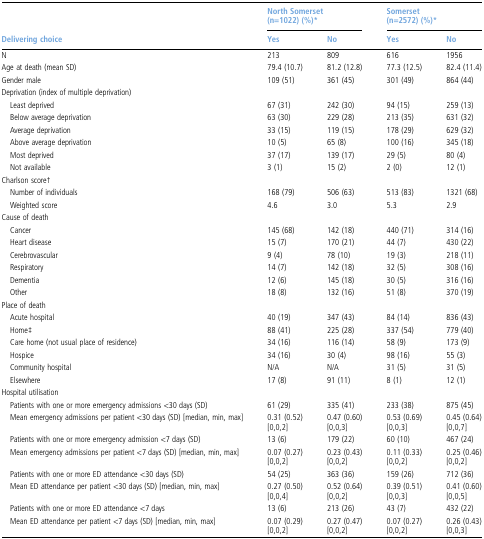
<table><thead><tr><td>[EMPTY_CELL]</td><td colspan="2"><b>North Somerset (n=1022) (%)*</b></td><td colspan="2"><b>Somerset (n=2572) (%)*</b></td></tr><tr><td><b>Delivering choice</b></td><td><b>Yes</b></td><td><b>No</b></td><td><b>Yes</b></td><td><b>No</b></td></tr></thead><tbody><tr><td>N</td><td>213</td><td>809</td><td>616</td><td>1956</td></tr><tr><td>Age at death (mean SD)</td><td>79.4 (10.7)</td><td>81.2 (12.8)</td><td>77.3 (12.5)</td><td>82.4 (11.4)</td></tr><tr><td>Gender male</td><td>109 (51)</td><td>361 (45)</td><td>301 (49)</td><td>864 (44)</td></tr><tr><td colspan="5">Deprivation (index of multiple deprivation)</td></tr><tr><td> Least deprived</td><td>67 (31)</td><td>242 (30)</td><td>94 (15)</td><td>259 (13)</td></tr><tr><td> Below average deprivation</td><td>63 (30)</td><td>229 (28)</td><td>213 (35)</td><td>631 (32)</td></tr><tr><td> Average deprivation</td><td>33 (15)</td><td>119 (15)</td><td>178 (29)</td><td>629 (32)</td></tr><tr><td> Above average deprivation</td><td>10 (5)</td><td>65 (8)</td><td>100 (16)</td><td>345 (18)</td></tr><tr><td> Most deprived</td><td>37 (17)</td><td>139 (17)</td><td>29 (5)</td><td>80 (4)</td></tr><tr><td> Not available</td><td>3 (1)</td><td>15 (2)</td><td>2 (0)</td><td>12 (1)</td></tr><tr><td colspan="5">Charlson score†</td></tr><tr><td> Number of individuals</td><td>168 (79)</td><td>506 (63)</td><td>513 (83)</td><td>1321 (68)</td></tr><tr><td> Weighted score</td><td>4.6</td><td>3.0</td><td>5.3</td><td>2.9</td></tr><tr><td colspan="5">Cause of death</td></tr><tr><td> Cancer</td><td>145 (68)</td><td>142 (18)</td><td>440 (71)</td><td>314 (16)</td></tr><tr><td> Heart disease</td><td>15 (7)</td><td>170 (21)</td><td>44 (7)</td><td>430 (22)</td></tr><tr><td> Cerebrovascular</td><td>9 (4)</td><td>78 (10)</td><td>19 (3)</td><td>218 (11)</td></tr><tr><td> Respiratory</td><td>14 (7)</td><td>142 (18)</td><td>32 (5)</td><td>308 (16)</td></tr><tr><td> Dementia</td><td>12 (6)</td><td>145 (18)</td><td>30 (5)</td><td>316 (16)</td></tr><tr><td> Other</td><td>18 (8)</td><td>132 (16)</td><td>51 (8)</td><td>370 (19)</td></tr><tr><td colspan="5">Place of death</td></tr><tr><td> Acute hospital</td><td>40 (19)</td><td>347 (43)</td><td>84 (14)</td><td>836 (43)</td></tr><tr><td> Home‡</td><td>88 (41)</td><td>225 (28)</td><td>337 (54)</td><td>779 (40)</td></tr><tr><td> Care home (not usual place of residence)</td><td>34 (16)</td><td>116 (14)</td><td>58 (9)</td><td>173 (9)</td></tr><tr><td> Hospice</td><td>34 (16)</td><td>30 (4)</td><td>98 (16)</td><td>55 (3)</td></tr><tr><td> Community hospital</td><td>N/A</td><td>N/A</td><td>31 (5)</td><td>31 (5)</td></tr><tr><td> Elsewhere</td><td>17 (8)</td><td>91 (11)</td><td>8 (1)</td><td>12 (1)</td></tr><tr><td colspan="5">Hospital utilisation</td></tr><tr><td> Patients with one or more emergency admissions &lt;30 days (SD)</td><td>61 (29)</td><td>335 (41)</td><td>233 (38)</td><td>875 (45)</td></tr><tr><td> Mean emergency admissions per patient &lt;30 days (SD) [median, min, max]</td><td>0.31 (0.52)[0,0,2]</td><td>0.47 (0.60)[0,0,3]</td><td>0.53 (0.69)[0,0,3]</td><td>0.45 (0.64)[0,0,7]</td></tr><tr><td> Patients with one or more emergency admission &lt;7 days (SD)</td><td>13 (6)</td><td>179 (22)</td><td>60 (10)</td><td>467 (24)</td></tr><tr><td> Mean emergency admissions per patient &lt;7 days (SD) [median, min, max]</td><td>0.07 (0.27)[0,0,2]</td><td>0.23 (0.43)[0,0,2]</td><td>0.11 (0.33)[0,0,2]</td><td>0.25 (0.46)[0,0,2]</td></tr><tr><td> Patients with one or more ED attendance &lt;30 days (SD)</td><td>54 (25)</td><td>363 (36)</td><td>159 (26)</td><td>712 (36)</td></tr><tr><td> Mean ED attendance per patient &lt;30 days (SD) [median, min, max]</td><td>0.27 (0.50)[0,0,4]</td><td>0.52 (0.64)[0,0,2]</td><td>0.39 (0.51)[0,0,3]</td><td>0.41 (0.60)[0,0,5]</td></tr><tr><td> Patients with one or more ED attendance &lt;7 days</td><td>13 (6)</td><td>213 (26)</td><td>43 (7)</td><td>432 (22)</td></tr><tr><td> Mean ED attendance per patient &lt;7 days (SD) [median, min, max]</td><td>0.07 (0.29)[0,0,2]</td><td>0.27 (0.47)[0,0,2]</td><td>0.07 (0.27)[0,0,2]</td><td>0.26 (0.43)[0,0,3]</td></tr></tbody></table>